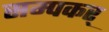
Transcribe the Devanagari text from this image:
सम्पकर्